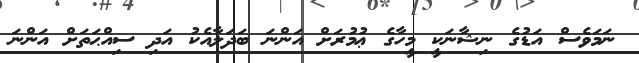
ނަމަވެސް އަޑުގެ ނިޝާނަކީ މީހާގެ ޢުމުރަށް އަންނަ ބަދަލާއެކު އަދި ސިއްޙަތަށް އަންނަ